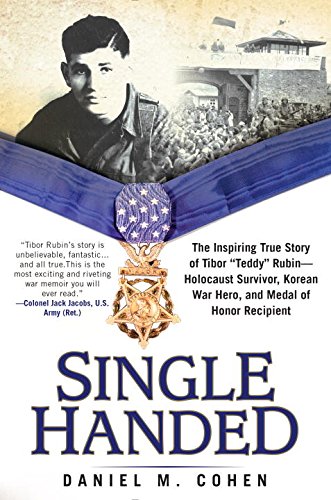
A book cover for Single Handed: The Inspiring True Story of Tibor "Teddy" Rubin--Holocaust Survivor, Korean War Hero, and Medal of Honor Recipient; Daniel M. Cohen; History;